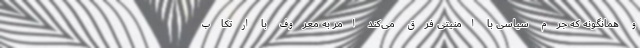
و همانگونه که جرم سیاسی با امنیتی فرق می‌کند امر به معروف با ارتکاب